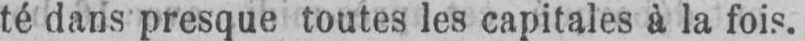
té dans presque toutes les capitales à la fois.